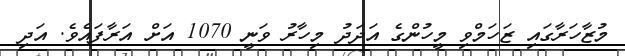
މުޒާހަރާގައި ޒަހަމްވި މީހުންގެ އަދަދު މިހާރު ވަނީ 1070 އަށް އަރާފައެވެ. އަދި